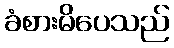
ခံစားမိပေသည်